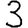
Digit: 3